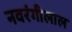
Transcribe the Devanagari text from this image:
नवरंगीलाल